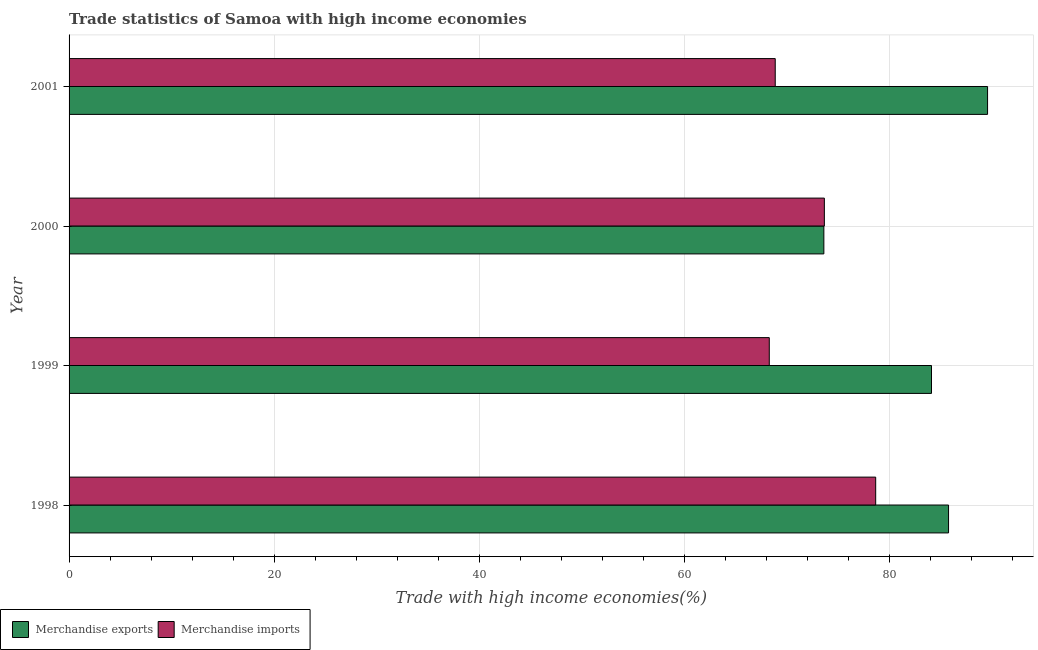
| Year | Merchandise exports | Merchandise imports |
 | --- | --- | --- |
 | 1998 | 85.8 | 78.7 |
 | 1999 | 84.1 | 68.3 |
 | 2000 | 73.6 | 73.7 |
 | 2001 | 89.6 | 68.9 |